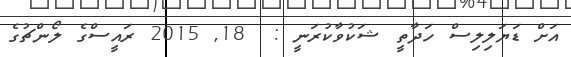
އަށް ޑަޔަލިލިސް ހަދާތީ ޝަކުވާކުރަނީ :  18